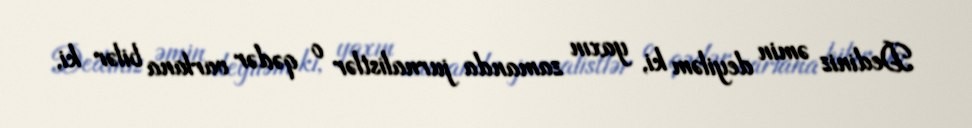
Dediniz əmin deyiləm ki, yaxın zamanda jurnalistlər o qədər varlana bilər ki,